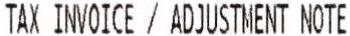
TAX INVOICE / ADJUSTMENT NOTE